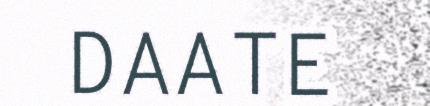
DAATE